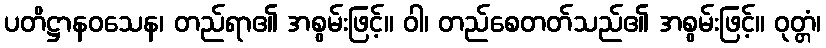
ပတိဋ္ဌာနဝသေန၊ တည်ရာ၏ အစွမ်းဖြင့်။ ဝါ၊ တည်စေတတ်သည်၏ အစွမ်းဖြင့်။ ဝုတ္တံ၊